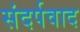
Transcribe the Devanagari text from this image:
संदर्पवाद